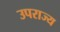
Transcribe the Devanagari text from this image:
उपराज्य